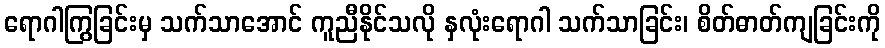
ရောဂါကြွခြင်းမှ သက်သာအောင် ကူညီနိုင်သလို နှလုံးရောဂါ သက်သာခြင်း၊ စိတ်ဓာတ်ကျခြင်းကို